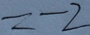
= - 2